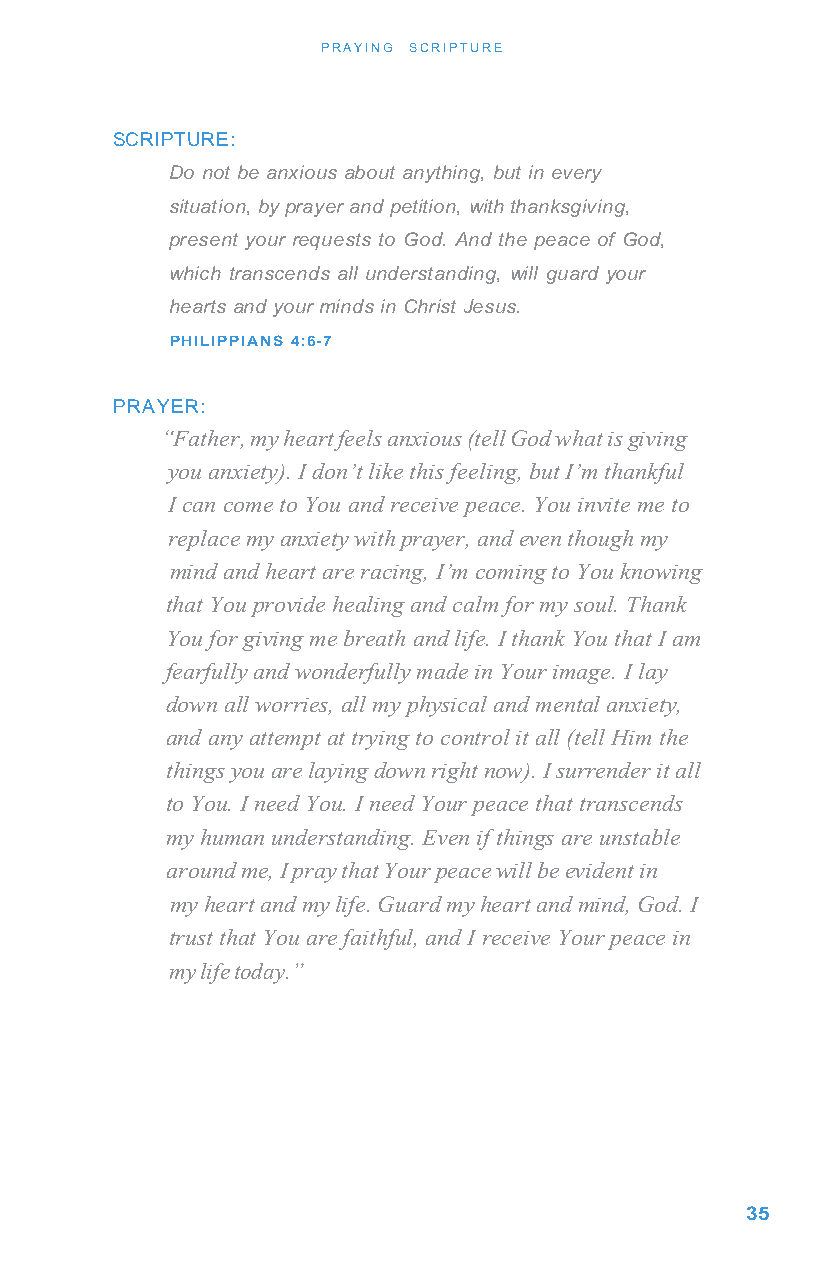
PRAYING SCRIPTURE
 SCRIPTURE:
 Do not be anxious about anything, but in every
 situation, by prayer and petition, with thanksgiving,
 present your requests to God. And the peace of God,
 which transcends all understanding, will guard your
 hearts and your minds in Christ Jesus.
 PHILIPPIANS 4:6-7
 PRAYER:
 “Father, my heart feels anxious (tell God what is giving
 you anxiety). I don’t like this feeling, but I’m thankful
 I can come to You and receive peace. You invite me to
 replace my anxiety with prayer, and even though my
 mind and heart are racing, I’m coming to You knowing
 that You provide healing and calm for my soul. Thank
 You for giving me breath and life. I thank You that I am
 fearfully and wonderfully made in Your image. I lay
 down all worries, all my physical and mental anxiety,
 and any attempt at trying to control it all (tell Him the
 things you are laying down right now). I surrender it all
 to You. I need You. I need Your peace that transcends
 my human understanding. Even if things are unstable
 around me, I pray that Your peace will be evident in
 my heart and my life. Guard my heart and mind, God. I
 trust that You are faithful, and I receive Your peace in
 my life today.”
 35